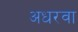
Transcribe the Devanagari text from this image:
अधरवा